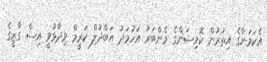
އެކަމަނާގެ އިތުރުން ކޮމިޝަންގެ މެންބަރު އަހުމަދު އަބްދުލް ކަރީމް ވިދާޅުވީ އިސް ގާޒީގެ